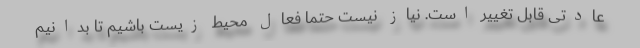
عادتی قابل تغییر است. نیاز نیست حتما فعال محیط زیست باشیم تا بدانیم